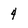
Character: 4